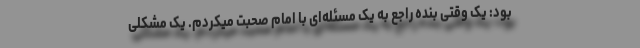
بود: یک وقتی بنده راجع به یک مسئله‌ای با امام صحبت میکردم. یک مشکلی